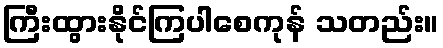
ကြီးထွားနိုင်ကြပါစေကုန် သတည်း။